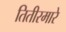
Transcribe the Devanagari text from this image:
तितीरमारे